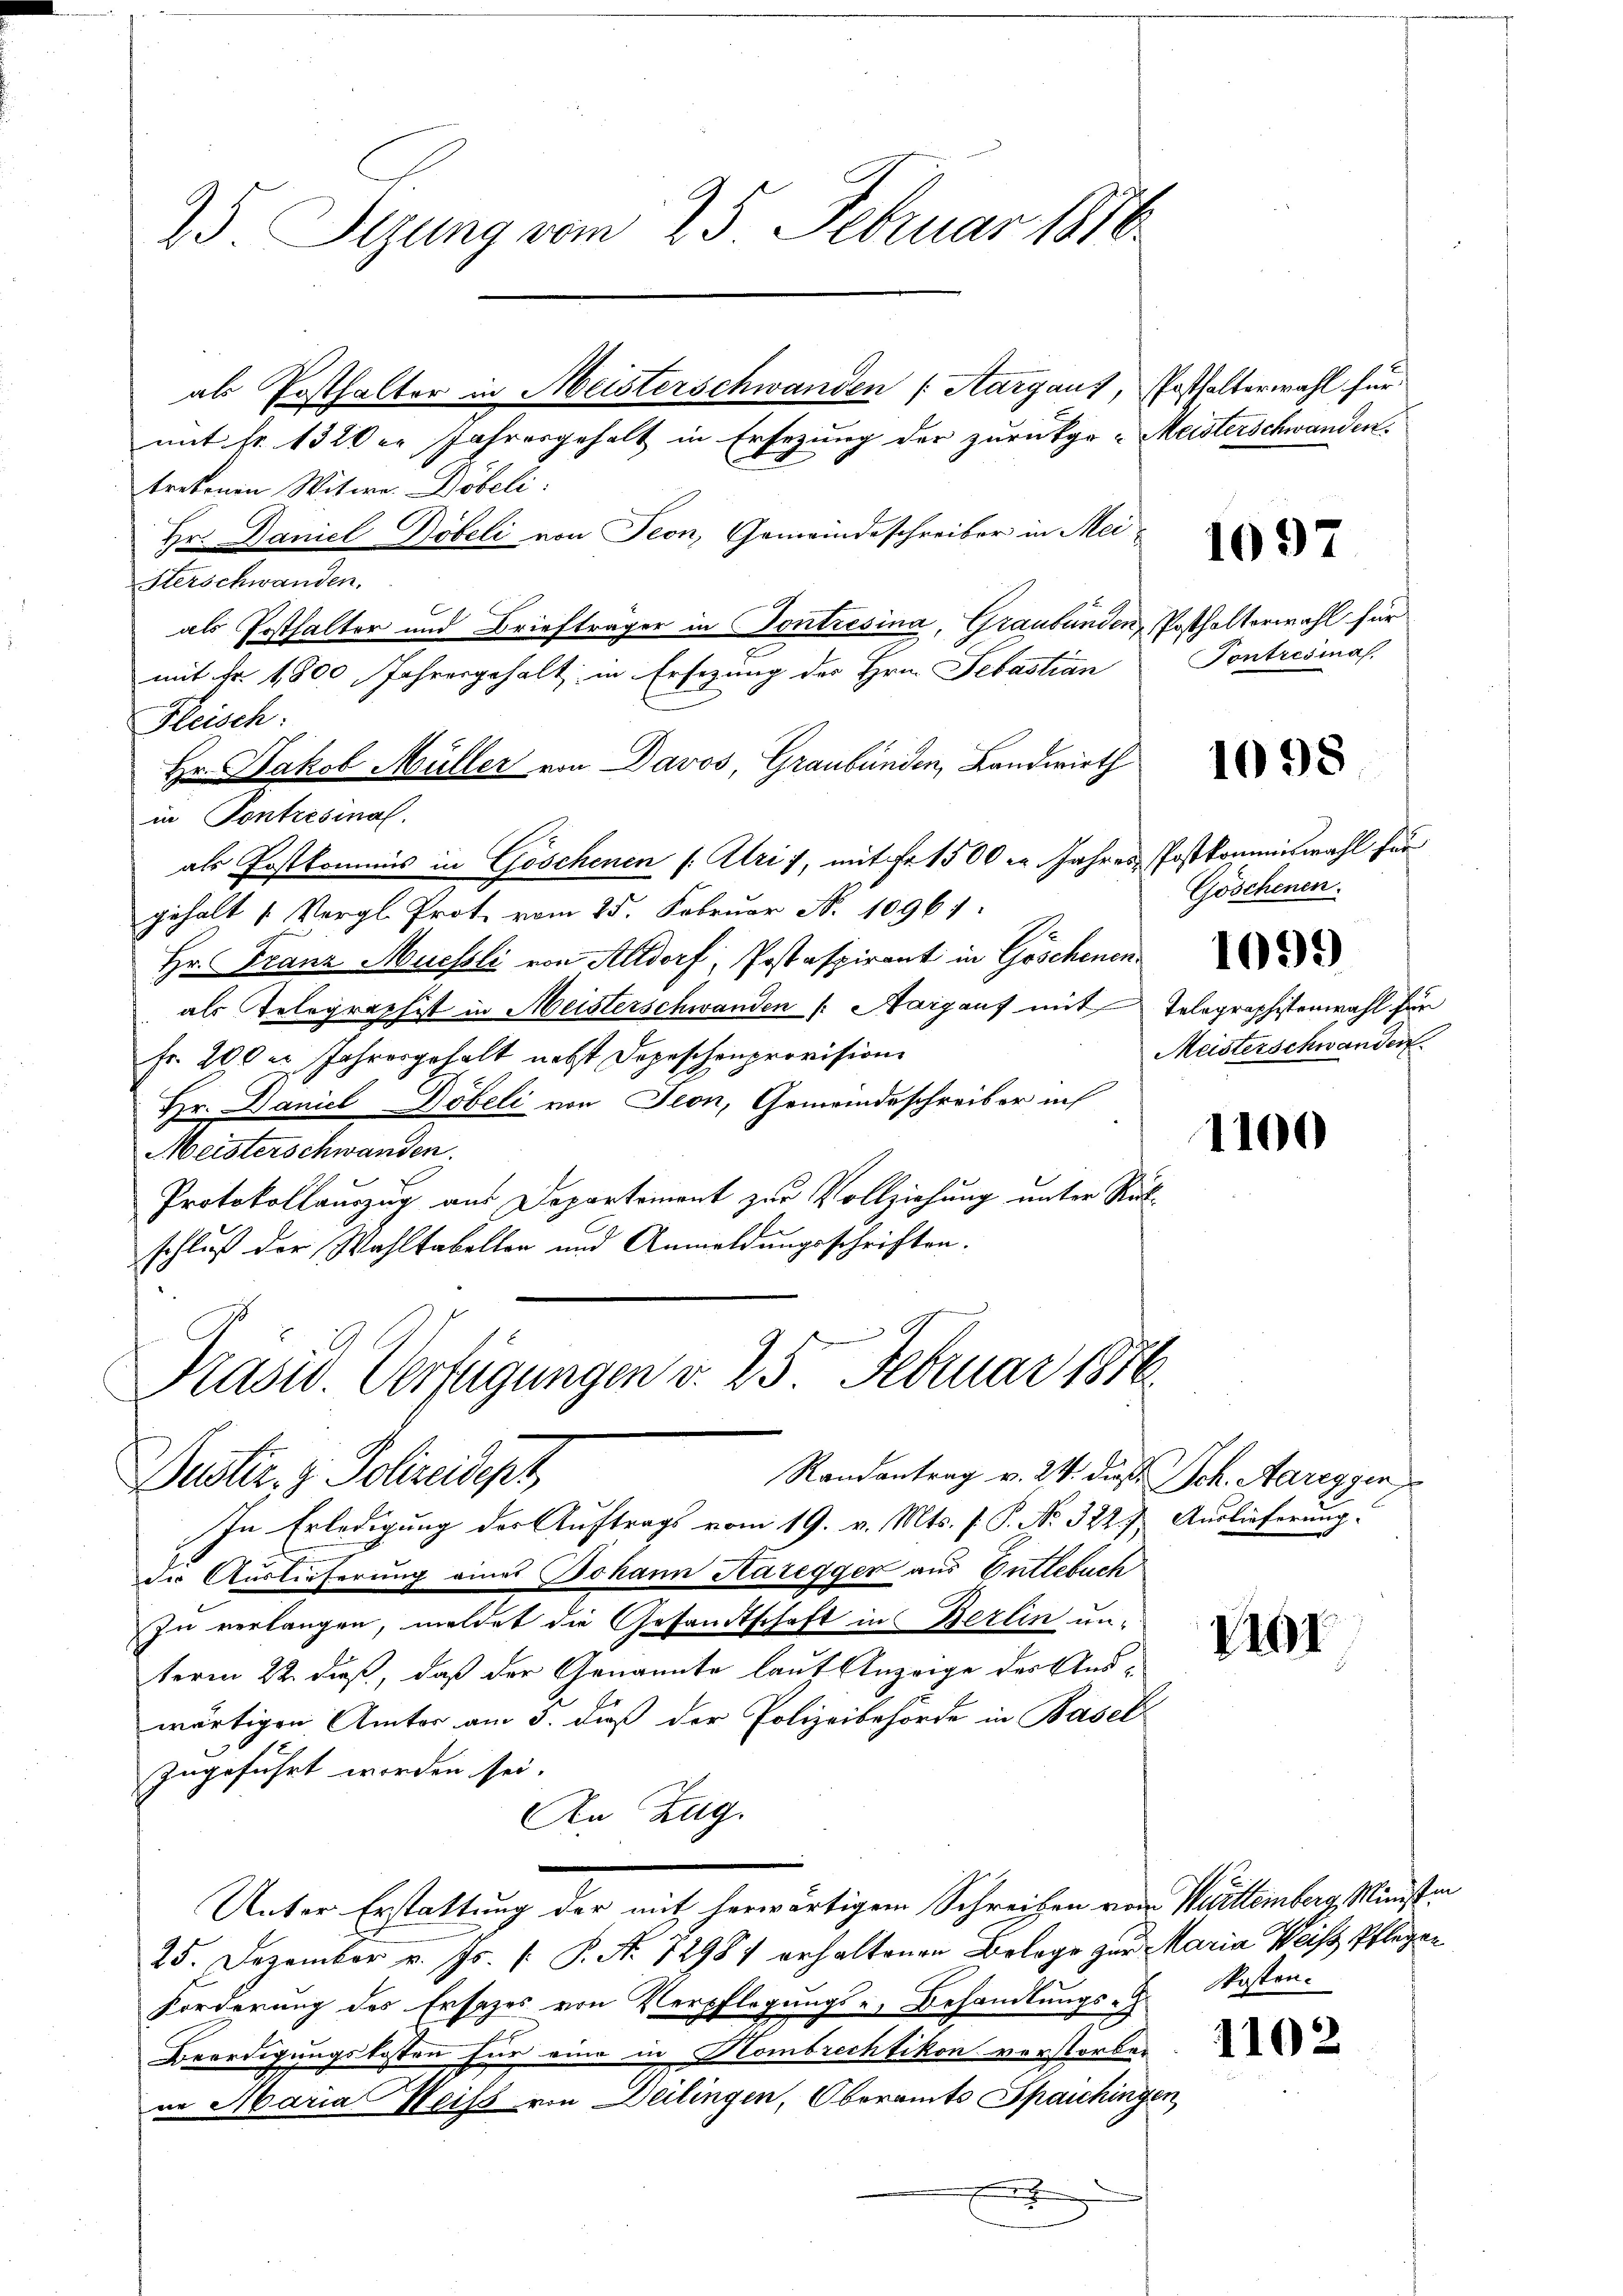
4
75. Stzung vom 25. Februar 1816.

mit Fr. 1320er Jahresgehalt in Ersezung der zurückge-Meisterschwanden.
tretenen Witwe Döbeli
Hr. Daniel Pöbeli, von Seon, Gemeindeschreiber in Mei¬
Herschwanden.
6
als Posthalter und Briefträger in Sontresina, Graubünden, Posthalterwahl für
mit Fr. 1800 Jahresgehalt in Ersezung des Hrn. Sebastian
Fleisch:
Hr. Jakob Müller von Davos, Graubünden, Landwirth
in Pontresinas.
als Postkommis in Göschenen (: Uri, mit Fr. 1500 l. Jahres Postkommiswahl für
gehalt 1. Vergl. Prote vom 25. Februar N. 10961:
Hr. Franz Muessli von Altdorf, Postaspirant in Göschenen
als Telegraphist in Meisterschwanden /: Margauf mit Telegraphistenwahl für
Fr. 200 u. Jahresgehalt nebst Depeschenprovision
Hr. Daniel Göbeli von Seon, Gemeindeschreiber ich
Meisterschwanden.
Protokollauszug aus Departement zur Vollziehung unter Rückschluß der Wahltabellen und Anmeldungsschriften.

ab Posthalter in Meisterschwanden (Aargaus, Posthalterwahl für

Präsid. Verfügungen v. 25. Februar 1816.
Randantrag v. 24. dies Sch. Aareggen
Duster. z. Polizeidep

In Erledigung der Auftrags vom 19. v. Mts. f. P. Nr. 322. t Auslieferung.
die Auslieferung eines Johann Haregger aus Entlebuch
In verlangen, meldet die Gesandtschaft in Berlin un-
term 22. dieß, daß der Genannte laut Anzeige des Auswärtigen Amter am 3. dieß der Polizeibehörde in Basel
zugeführt worden sei.
An Zug.
Unter Erstattung der mit herwärtigem Schreiben von Württemberg, Ministen
25. Dezember v. Js. f. P. A. 12987 erhaltenen Belege zur Maria Weiss, Pflegen
Forderung des Ersezes von Verpflegungs-, Behandlungs-
Beerdigungskosten für eine in Hombrechtikon verstorber
in Maria Weiss von Deilingen, Oberamts Spaichingen,
F

1097

Tontresias,

1098

Göschenen.
Meisterschwanden

1100

1161

Posten.

1102